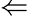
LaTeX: \Leftarrow